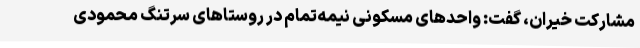
مشارکت خیران، گفت: واحدهای مسکونی نیمه‌تمام در روستاهای سرتنگ محمودی